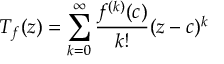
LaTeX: T _ { f } ( z ) = \sum _ { k = 0 } ^ { \infty } { \frac { f ^ { ( k ) } ( c ) } { k ! } } ( z - c ) ^ { k }